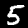
Label: 5